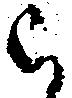
被